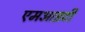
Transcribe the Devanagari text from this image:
एमआइटी